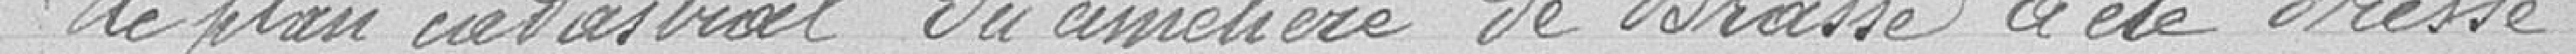
le plan cadastral du cimetière de Brasse a été dressé